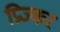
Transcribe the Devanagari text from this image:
प्रिज्कर